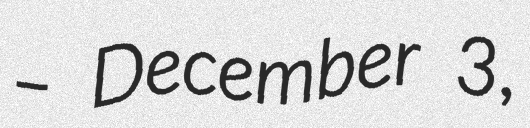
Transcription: – December 3,